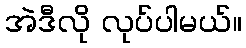
အဲဒီလို လုပ်ပါမယ်။